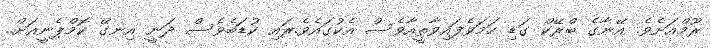
ރޫމްއަށެވެ. އޭނާގެ ބްރޭކް ގަޑި ހަމަވެފައިވާތީއާވެސް އެކުގައެވެ.ރައި ކުޑަބެވެސް ދަނީ އިނގޭ ކޮމްޕެނީއަށް..